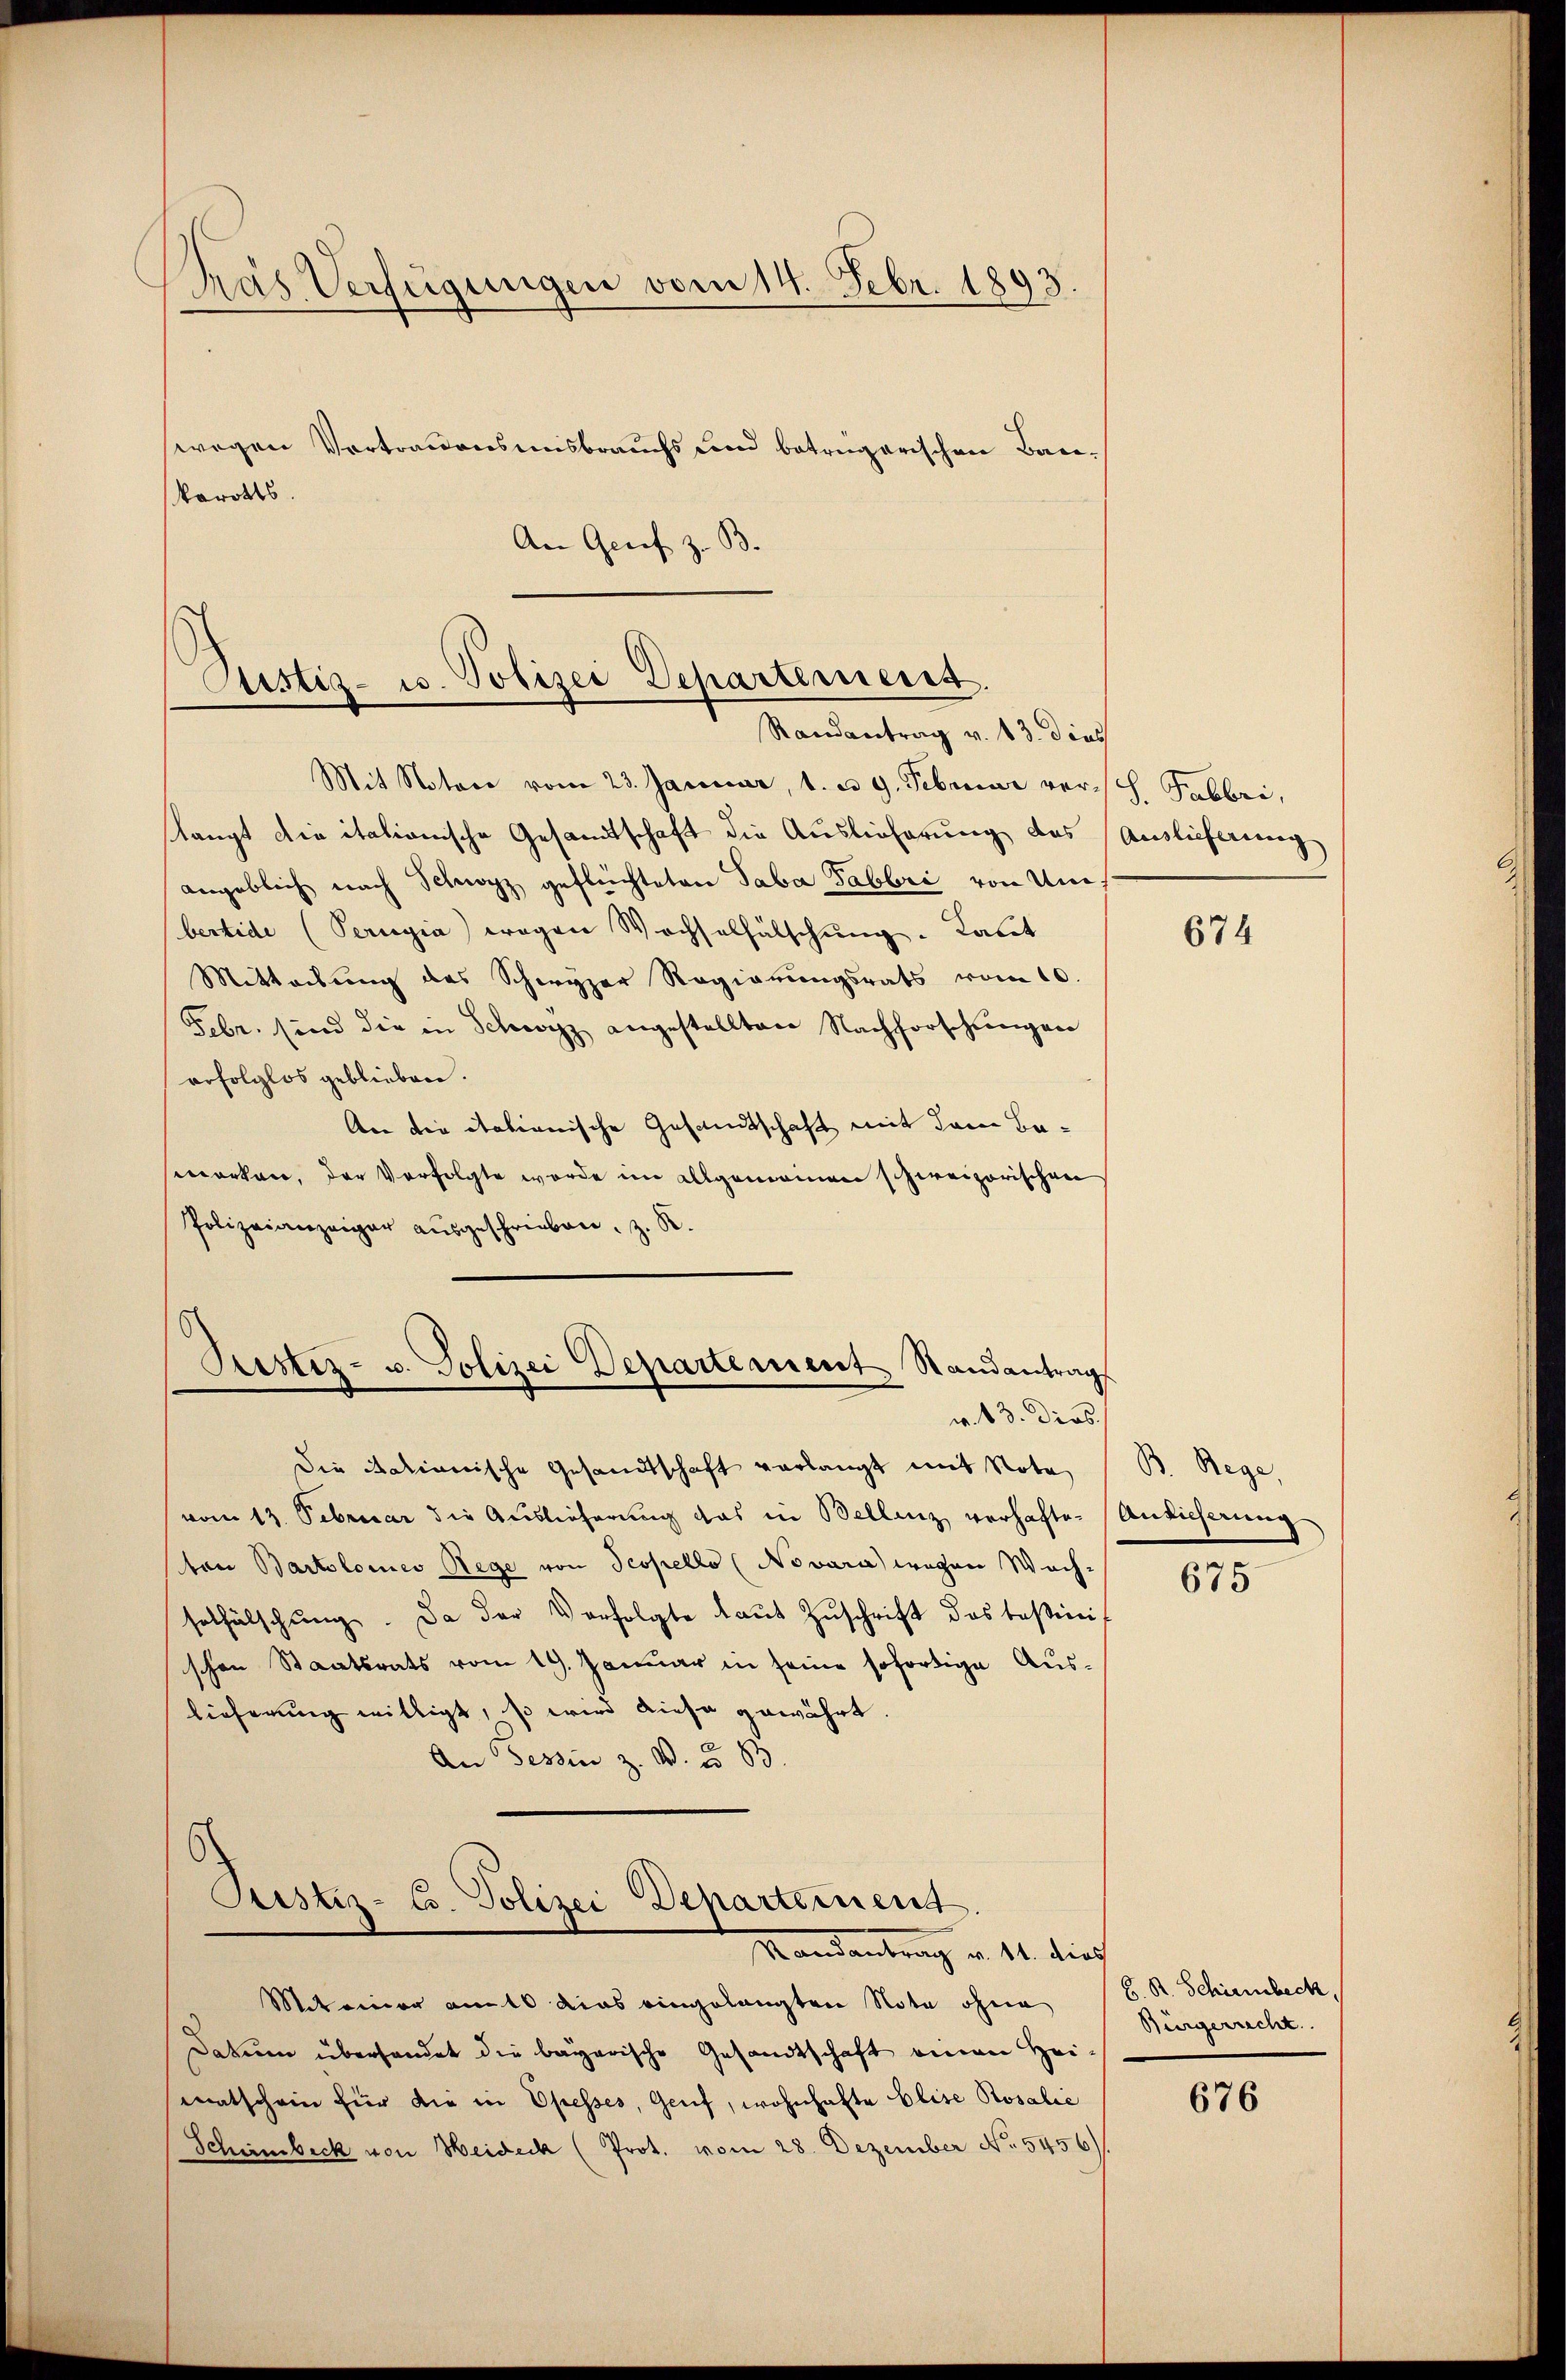
ás Verfügungen vom 14. Febr. 1893.
wegen Vortrauensmisbrauchs und betragarischen Baukarotts.

An Grief z. B.

Custiz- u. Polizei Departemenst.
Randantrag v. 13. dies

Justiz-Co. Polizei Departement.
Mandantrag v. 14. durch

Mit Notare vom 23. Januar, 1. d. 9. Februar versch. Fabbri,
slangt die italionische Gesandtschaft die Auslieferung des Auslieferung
angeblich nach Schwyz geflüchteten Taba Fabbri von Unbertide (Perugia wegen Wechselfälschung. Laut
Mitteilung des Schwyzer Regierungsrats vom 10.
Febr. sind die in Schwyz angestellten Nachforschungen
refolglos geblieben.
An die itationische Gesandtschaft mit dem Besworten, der Verfolgte wurde im allgemeinen schweizerischen
Polizeianzeiger ausgeschrieben, z. R
Rustiz- u. Polizei Departement, Randantrag
v. 13. Dies
Die Marianische Gesandtschaft verlangt mit Nota
vom 13. Februar die Auslieferung das in Bellenz verhaften Ansicherung
ton Bartolomes Rege von Scopello (Novara) wegen Wachsolhälschung. Da der Verfolgte laut Zuschrift das Teßinit
schen Staatsrats vom 19. Januar in seine sofortige Auslieferung willigt, so wird diese gewährt
An Tessin z. B. u. 83.

Miteiner amt dies eingelangten Note ohne
Datum überhandet die bayerische Gesandtschaft einen Heimatschein für die in Opesses, Genf, wohnhafte Elise Rosalie
Schimbeck von Heideck (Prot. vom 28. Dezember No. 5456)

674

B. Rege

675

H. R. Schirmbeck.
Bürgerrecht

676